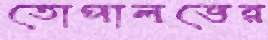
তোপালভের